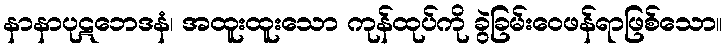
နာနာပုဋဘေဒနံ၊ အထူးထူးသော ကုန်ထုပ်ကို ခွဲခြမ်းဝေဖန်ရာဖြစ်သော။